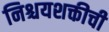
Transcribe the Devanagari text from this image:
निश्चयशक्तीची